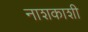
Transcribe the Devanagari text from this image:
नाशकाशी